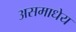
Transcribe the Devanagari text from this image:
असमाधेय